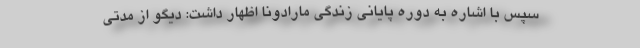
سپس با اشاره به دوره پایانی زندگی مارادونا اظهار داشت: دیگو از مدتی